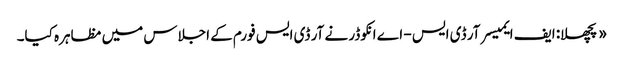
«پچھلا: ایف ایمیسر آر ڈی ایس - اے انکوڈر نے آر ڈی ایس فورم کے اجلاس میں مظاہرہ کیا۔